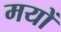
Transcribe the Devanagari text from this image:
मयों